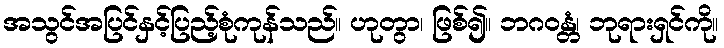
အသွင်အပြင်နှင့်ပြည့်စုံကုန်သည်။ ဟုတွာ၊ ဖြစ်၍။ ဘဂဝန္တံ၊ ဘုရားရှင်ကို။